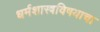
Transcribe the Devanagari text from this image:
धर्मशास्त्रविषयाचा